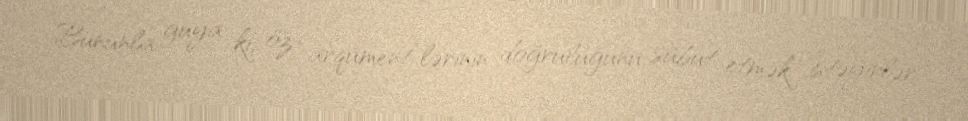
Bununla guya ki, öz “arqument”lərinin doğruluğunu sübut etmək istəyirlər.